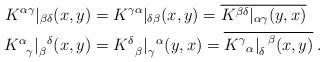
LaTeX: \begin{align*}K^{\alpha \gamma}|_{\beta \delta}(x,y) &= K^{\gamma \alpha}|_{\delta \beta}(x,y)= \overline{K^{\beta \delta}|_{\alpha \gamma}(y,x)} \\K^\alpha_{\;\;\,\gamma}|_\beta^{\;\;\,\delta}(x,y) &= K^\delta_{\;\;\,\beta}|_\gamma^{\;\;\,\alpha}(y,x)= \overline{K^\gamma_{\;\;\,\alpha}|_\delta^{\;\;\,\beta}(x,y) } \:.\end{align*}